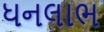
ધનલાભ